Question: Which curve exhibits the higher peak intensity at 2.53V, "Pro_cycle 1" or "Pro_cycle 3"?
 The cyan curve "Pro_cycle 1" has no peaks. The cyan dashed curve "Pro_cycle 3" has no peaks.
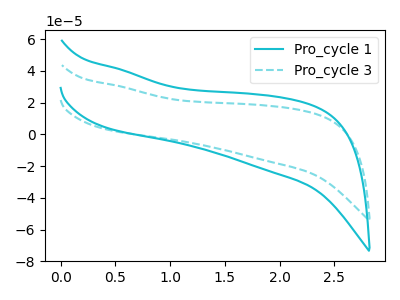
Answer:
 <answer>"Pro_cycle 1" and "Pro_cycle 3" dont share a peak at 2.53V.</answer>
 <eval>mismatch</eval>